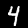
Digit: 4